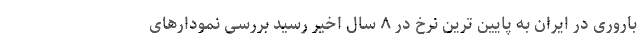
باروری در ایران به پایین ترین نرخ در ۸ سال اخیر رسید بررسی نمودارهای